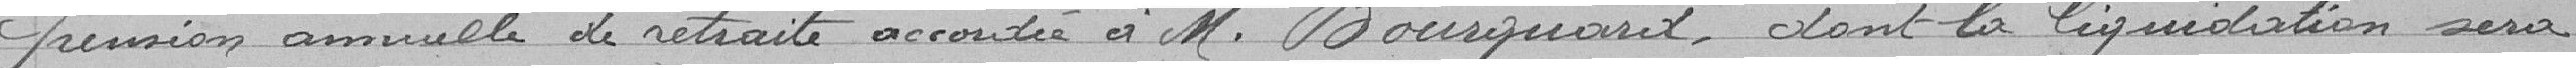
pension annuelle de retraite accordée à Monsieur Bourquard, dont la liquidation sera